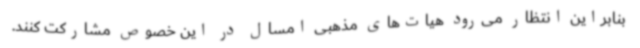
بنابراین انتظار می‌رود هیات‌های مذهبی امسال در این خصوص مشارکت کنند.